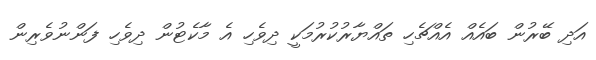
އަދި ބޭރުން ބައެއް އެއްޗެހި ތައްޔާރުކުރުމަކީ ދިވެހި އެ މާކެޓުން ދިވެހި ފަންނުވެރިން